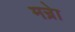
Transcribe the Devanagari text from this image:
मन्रेा